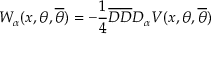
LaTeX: W _ { \alpha } ( x , \theta , { \overline { { \theta } } } ) = - \frac { 1 } { 4 } { \overline { { D } } } { \overline { { D } } } D _ { \alpha } V ( x , \theta , { \overline { { \theta } } } )